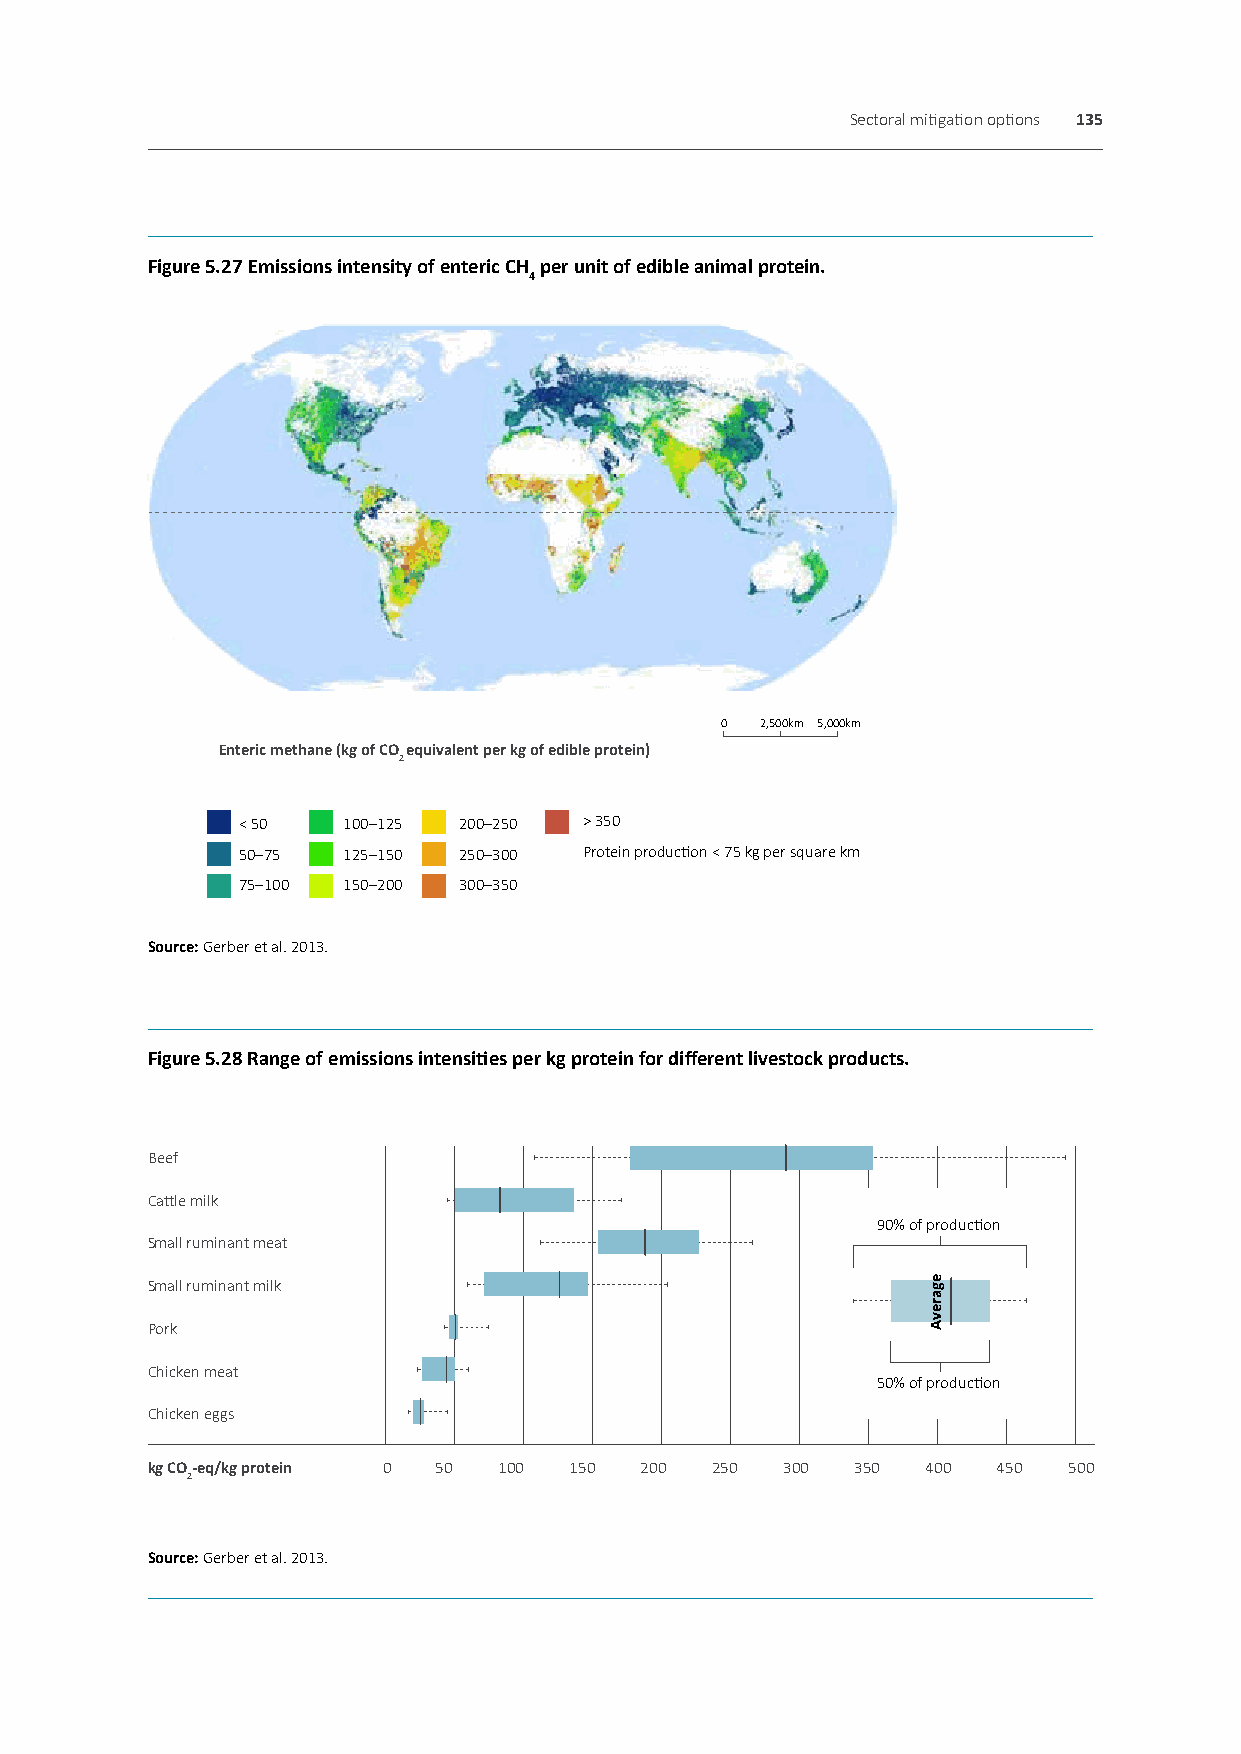
Sectoral mitigation options 135
 Figure 5.27 Emissions intensity of enteric CH per unit of edible animal protein.
 4
 0 2,500km 5,000km
 Enteric methane (kg of CO equivalent per kg of edible protein)
 2
 < 50   100–125 200–250 > 350
 50–75  125–150 250–300 Protein production < 75 kg per square km
 75–100 150–200 300–350
 Source: Gerber et al. 2013.
 Figure 5.28 Range of emissions intensities per kg protein for different livestock products.
 Beef
 Cattle milk
 90% of production
 Small ruminant meat
 Small ruminant milk
 Pork
 Chicken meat
 50% of production
 Chicken eggs
 kg CO-eq/kg protein 0 50 100 150 200 250  300  350 400  450  500
 2
 Source: Gerber et al. 2013.
 egarevA